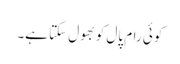
کوئی رام پال کو بھول سکتا ہے۔